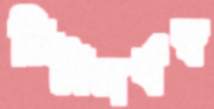
চিটাসর্বস্ব